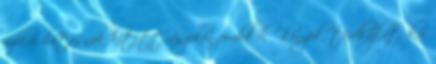
fizikai hatásnak kitett részeken fordul elő könyök, térdhajlat, kar